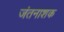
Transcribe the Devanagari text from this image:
जंतनाशक